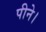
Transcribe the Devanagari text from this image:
पीने।